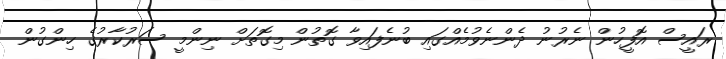
ރައީސް އޮފީހުން ނެރުނު ދެންނެވުމެއްގައި ބުނެފައިވާ ގޮތުން މިގޮތަށް ނިންމީ ސަރުކާރުގެ ހިންގުން